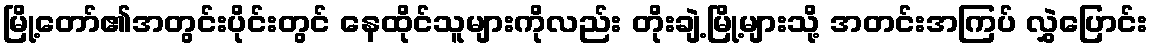
မြို့တော်၏အတွင်းပိုင်းတွင် နေထိုင်သူများကိုလည်း တိုးချဲ့မြို့များသို့ အတင်းအကြပ် လွှဲပြောင်း